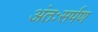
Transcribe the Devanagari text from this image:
अंतःसर्पण